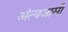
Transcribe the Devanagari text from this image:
अंत्यजासी